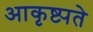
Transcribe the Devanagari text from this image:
आकृष्ट्यते